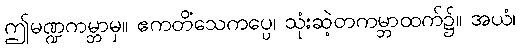
ဤမဏ္ဍကမ္ဘာမှ။ ဧကတိံသေကပ္ပေ၊ သုံးဆဲ့တကမ္ဘာထက်၌။ အယံ၊